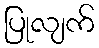
ပြုလျက်